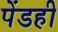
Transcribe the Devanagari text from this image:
पेंडही